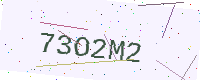
Text: 73O2M2